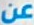
عن